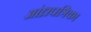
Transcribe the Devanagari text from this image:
आंध्रपत्रिका